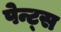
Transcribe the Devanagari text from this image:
पेन्ट्‌स